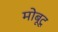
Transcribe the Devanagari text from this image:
मोबूटू